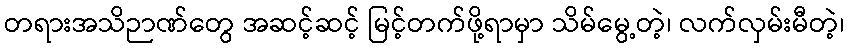
တရားအသိဉာဏ်တွေ အဆင့်ဆင့် မြင့်တက်ဖို့ရာမှာ သိမ်မွေ့တဲ့၊ လက်လှမ်းမီတဲ့၊